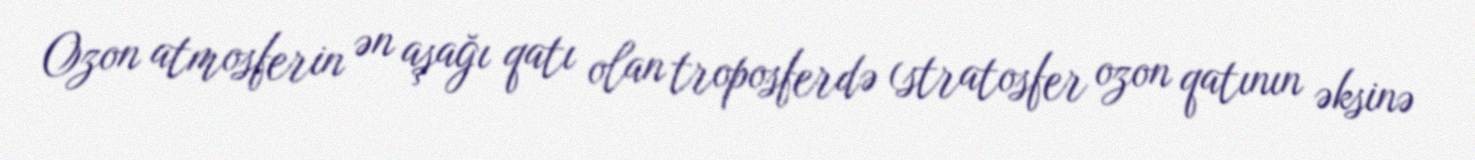
Ozon atmosferin ən aşağı qatı olan troposferdə (stratosfer ozon qatının əksinə